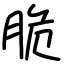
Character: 脆